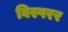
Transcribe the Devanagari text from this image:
विस्परर